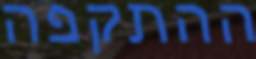
ההתקפה